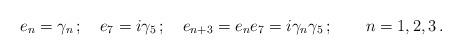
LaTeX: \begin{align*}e_n=\gamma_n \,;\quad e_7= i \gamma_5 \,; \quad e_{n+3} = e_n e_7 = i \gamma_n \gamma_5\,; \qquad n=1,2,3\,.\end{align*}